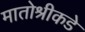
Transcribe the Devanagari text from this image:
मातोश्रीकडे